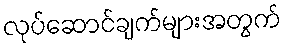
လုပ်ဆောင်ချက်များအတွက်